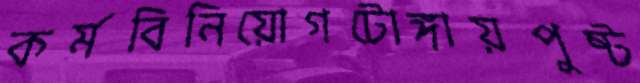
কর্মবিনিয়োগটোঙ্গায়পুষ্ট